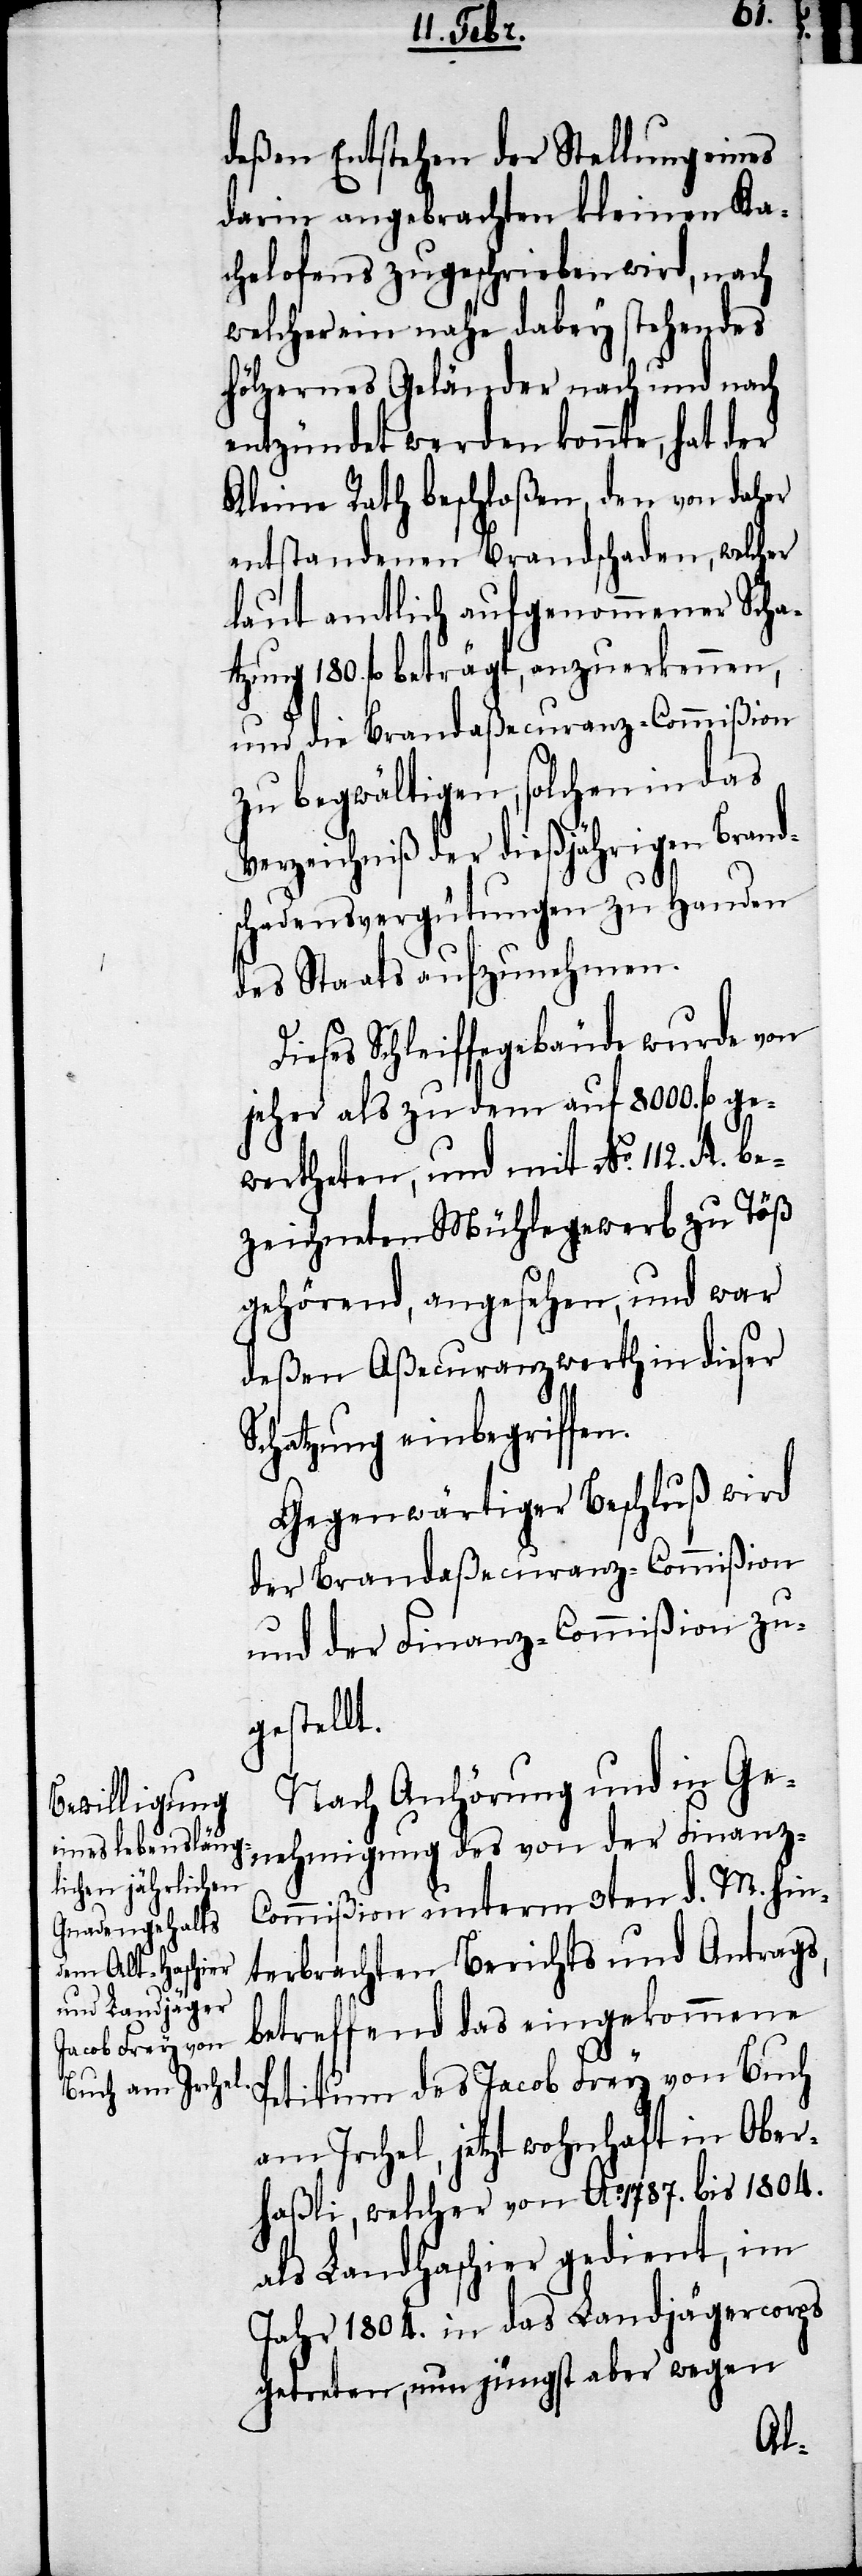
112.
deßen Entstehen der Stellung eines
darin angebrachten kleinen Ka¬
chelofens zugeschrieben wird, nach
welcher ein nahe dabey stehendes
hölzernes Geländer nach und nach
entzündet werden konnte, hat der
Kleine Rath beschloßen, den von daher
entstandenen Brandschaden, welcher
laut amtlich aufgenommmener Scha¬
tzung 180. fl. beträgt, anzuerkennen,
und die Brandaßecuranz-Commißion
zu bewältigen; solchen in das
Verzeichniß der dießjährigen Brand¬
schadensvergütungen zu Handen
des Staats aufzunehmen.
Dieses Schleiffengebäude wurde von
jeher als zu dem auf 8000. fl. ge¬
wertheten, und mit No.
zeichneten Mühlegewerb zu Töß
gehörend, angesehen, und war
Aßecuranzwerth in dieser
Schatzung einbegriffen.
Gegenwärtiger Beschluß wird
der Brandaßecuranz-Commißion
und der Finanz-Commißion
gestellt.
Nach Anhörung und in Ge¬
nehmigung des von der Finanz-C¬
ommißion unterm 3ten d. M. hin¬
terbrachten Berichts und Antrags,
betreffend das eingekommene
zu¬
Petitum des Jacob Frey von Buch
am Irchel, jetzt wohnhaft in Ober¬
haßli, welcher von Ao. 1787 bis 1804.
als Landhaschier gedient, im
Jahr 1804. in das Landjägercorps
getreten, nun jüngst aber wegen
be¬